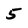
Character: 5